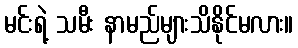
မင်းရဲ့ သမီး နာမည်များသိနိုင်မလား။